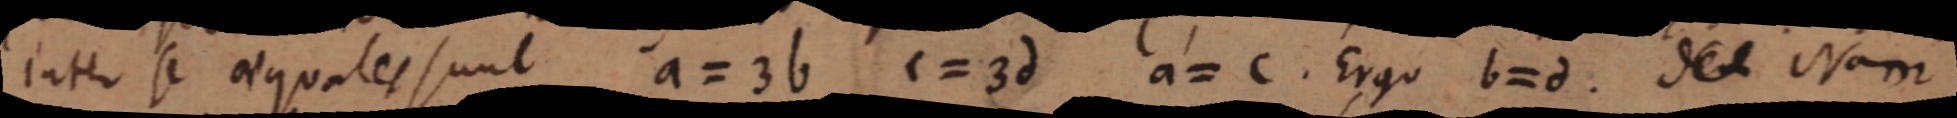
inter se aequales sunt a = 3b c = 3d a = c. Ergo b = d. del Nam